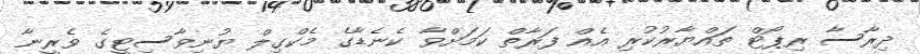
ދިރާސާ ރިޕޯޓް ތައްޔާރުކުރި އެއް ފަރާތް ކަމަށްވާ ކެނެޑާގެ މެކްގިލް ޔުނިވާސިޓީގެ ވެރީނާ